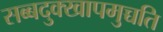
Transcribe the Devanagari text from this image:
सब्बदुक्खापमुच्चति